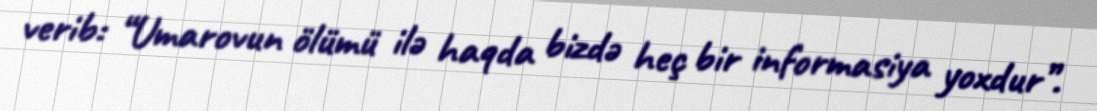
verib: “Umarovun ölümü ilə haqda bizdə heç bir informasiya yoxdur”.